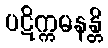
ပဋိက္ကမနန္တိ